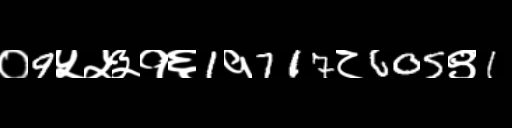
Text: ०9५५३१६1१717८605९1